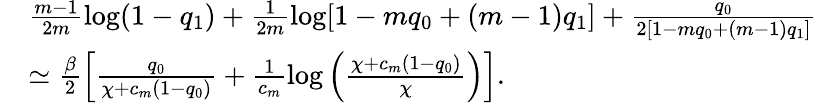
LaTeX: \begin{array}{rl}&{\frac{m-1}{2m}\log(1-q_{1})+\frac{1}{2m}\log[1-mq_{0}+(m-1)q_{1}]+\frac{q_{0}}{2[1-mq_{0}+(m-1)q_{1}]}}\\ &{\simeq\frac{\beta}{2}\Big[\frac{q_{0}}{\chi+c_{m}(1-q_{0})}+\frac{1}{c_{m}}\log\Big(\frac{\chi+c_{m}(1-q_{0})}{\chi}\Big)\Big].}\end{array}